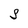
Character: S